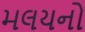
મલયનો